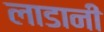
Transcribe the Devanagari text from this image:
लाडानी